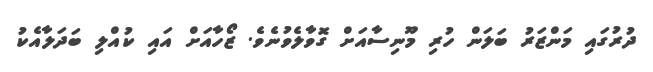
ދުރުގައި މަންޒަރު ބަލަން ހުރި މޫނިސާއަށް ގޮވާލެވުނެވެ. ޒޯހާއަށް އައި ކުއްލި ބަދަލާއެކު